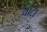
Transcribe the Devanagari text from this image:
चाटा